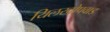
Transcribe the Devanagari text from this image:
यिलखोपवाड